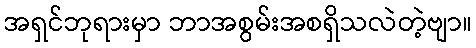
အရှင်ဘုရားမှာ ဘာအစွမ်းအစရှိသလဲတဲ့ဗျာ။